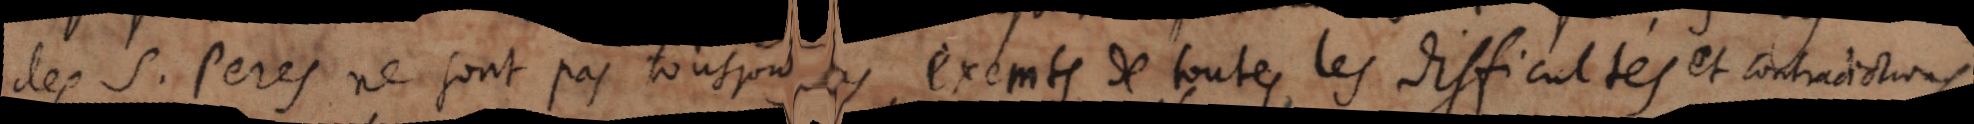
des S. Peres ne sont pas tousjours exempts de toutes les difficultes et contradictions